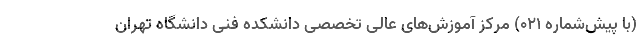
(با پیش‌شماره 021) مرکز آموزش‌های عالی تخصصی دانشکده فنی دانشگاه تهران